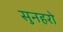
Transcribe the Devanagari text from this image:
सुनहरो